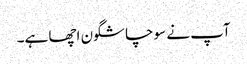
آپ نے سوچا شگون اچھا ہے۔